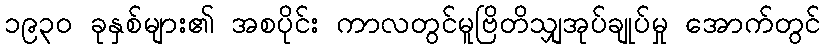
၁၉၃၀ ခုနှစ်များ၏ အစပိုင်း ကာလတွင်မူဗြိတိသျှအုပ်ချုပ်မှု အောက်တွင်